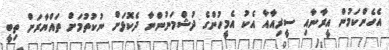
އެހެންކަމުން އީރާނާއި ސީރިއާއާ އެކު އެމީހުންގެ ދުޝްމަނުންނާ ދެކޮޅަށް ނުކުތުމަށް ތައްޔާރަށް ތިބީ